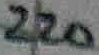
Text: 220